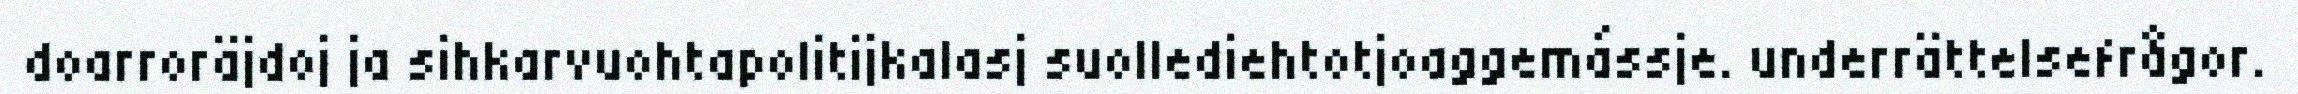
doarroräjdoj ja sihkarvuohtapolitijkalasj suollediehtotjoaggemássje. underrättelsefrågor.